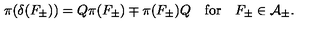
\pi ( \delta ( F _ { \pm } ) ) = Q \pi ( F _ { \pm } ) \mp \pi ( F _ { \pm } ) Q \quad \mathrm { f o r } \quad F _ { \pm } \in { \cal A } _ { \pm } .